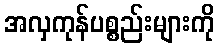
အလှကုန်ပစ္စည်းများကို